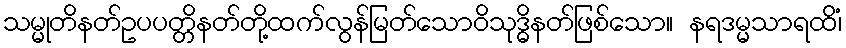
သမ္မုတိနတ်ဥပပတ္တိနတ်တို့ထက်လွန်မြတ်သောဝိသုဒ္ဓိနတ်ဖြစ်သော။ နရဒမ္မသာရထိံ၊